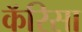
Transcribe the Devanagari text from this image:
कॅरिसा